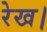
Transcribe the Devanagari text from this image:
रेख।